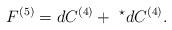
LaTeX: \begin{align*}F^{(5)} = dC^{(4)} + \ ^\star dC^{(4)}. \end{align*}